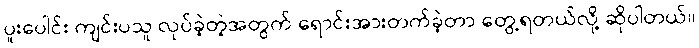
ပူးပေါင်း ကျင်းပသူ လုပ်ခဲ့တဲ့အတွက် ရောင်းအားတက်ခဲ့တာ တွေ့ရတယ်လို့ ဆိုပါတယ်။